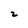
Character: 2